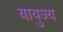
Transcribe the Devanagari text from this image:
यायुज्य